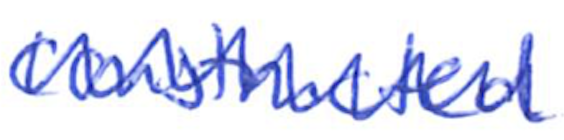
Text: constructed
Cross-out: zig-zag
Writing tool: ballpoint